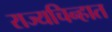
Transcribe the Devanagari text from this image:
राज्यचिन्हात